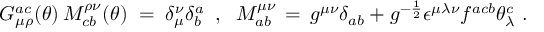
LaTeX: G _ { \mu \rho } ^ { a c } ( \theta ) \, M _ { c b } ^ { \rho \nu } ( \theta ) \; = \; \delta _ { \mu } ^ { \nu } \delta _ { b } ^ { a } \; \; , \; \; M _ { a b } ^ { \mu \nu } \, = \, g ^ { \mu \nu } \delta _ { a b } + g ^ { - \frac { 1 } { 2 } } \epsilon ^ { \mu \lambda \nu } f ^ { a c b } \theta _ { \lambda } ^ { c } \; .